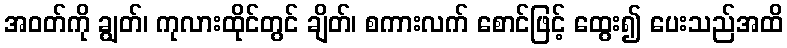
အဝတ်ကို ချွတ်၊ ကုလားထိုင်တွင် ချိတ်၊ စကားလက် စောင်ဖြင့် ထွေး၍ ပေးသည်အထိ